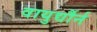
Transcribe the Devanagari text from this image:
वायुर्द्यौर्न